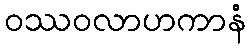
ဝဿဝလာဟကာနံ